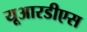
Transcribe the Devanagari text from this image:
यूआरडीएस